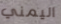
اليمني